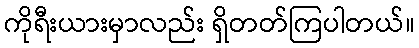
ကိုရီးယားမှာလည်း ရှိတတ်ကြပါတယ်။